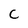
Character: c